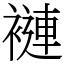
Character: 褳